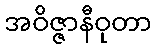
အဝိဇ္ဇာနီဝုတာ